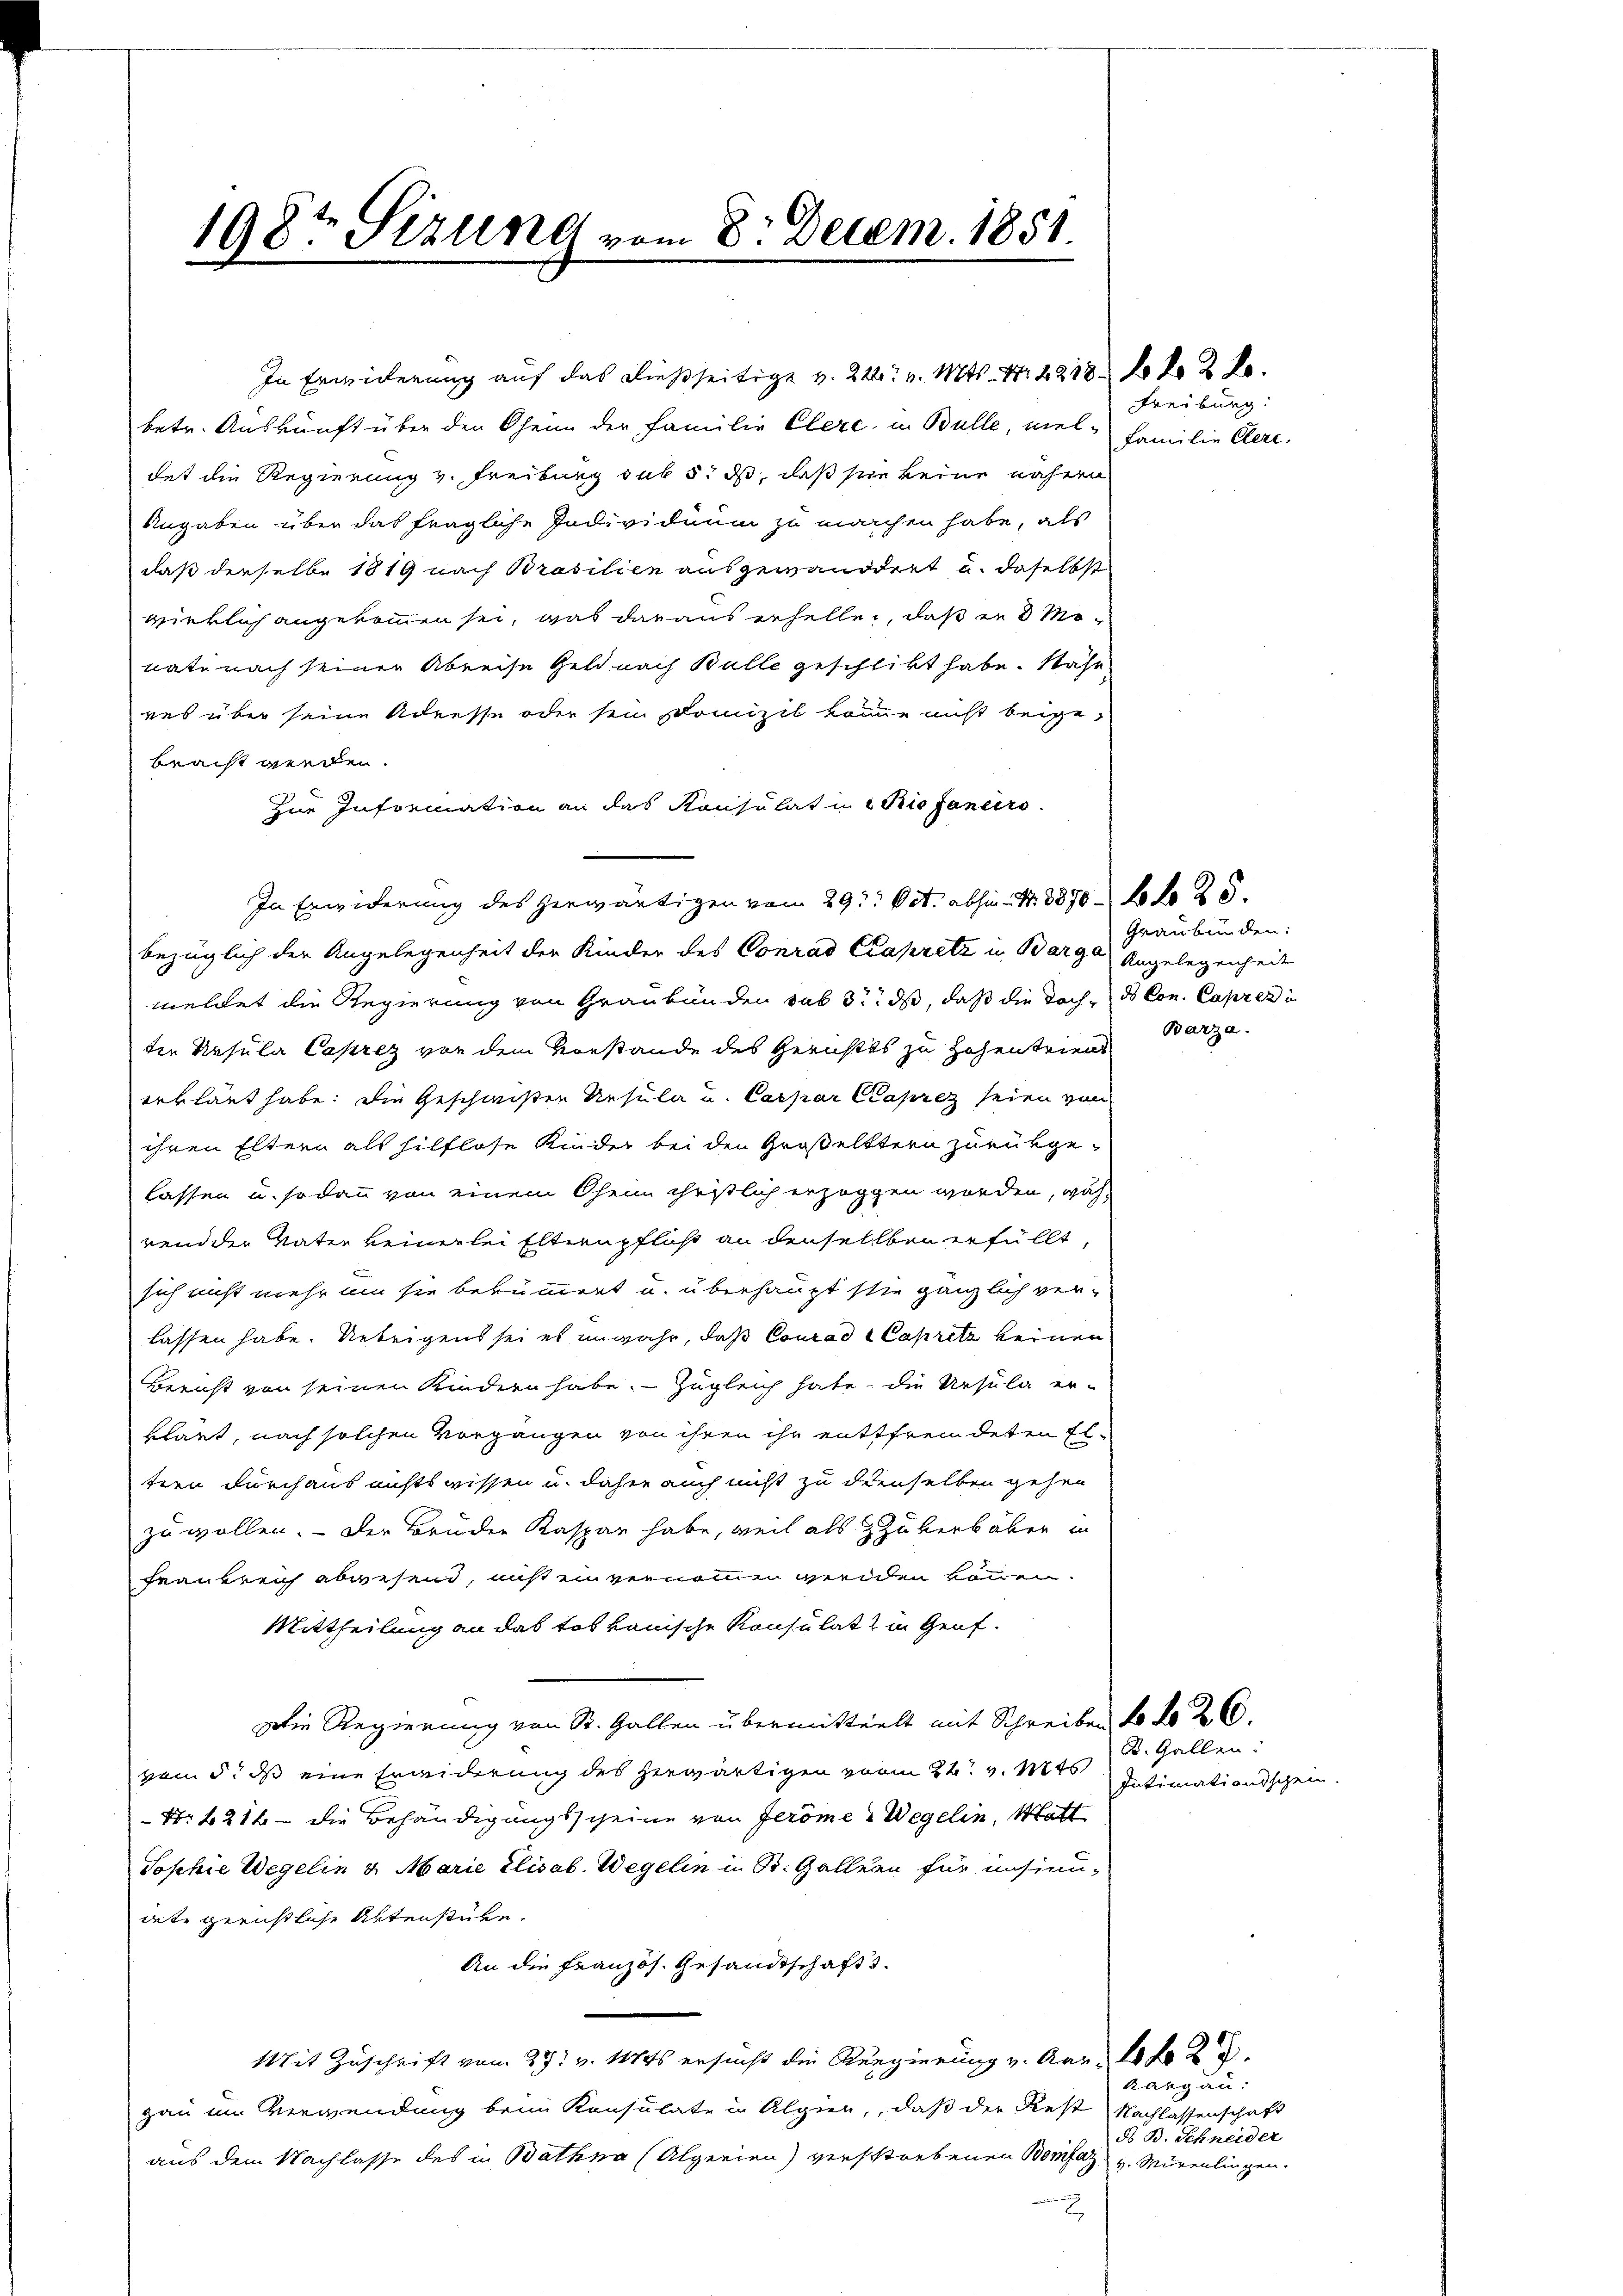
198te Sizung vom 8. Decem. 1851.

betr. Auskunft über den Oheim der Familie Clere, u. Bulle, vieldet die Regierung v. Freiburg sub 5. ds, daß sie keine nähern
Angaben über das fragliche Individuum zu machen habe, als
daß dieselbe 1819 nach Brasilien ausgewandert u. daselbst
wirklich angekommen sei, was daraus erhelle, daß er 3 Monate nach seiner Abreise Geld nach Bulle geschlitt habe. Nahr
ves über seine Adresse oder sein Domizil komme nicht beigebracht werden.
zur Information an das Konsulat in Rio faniers.
In Erwiderung des herwärtigen vom 29t Oct. abhin Nr. 3850. So lo 25.
bezüglich der Angelegenheit der Kinder des Conrad Capritz in Barge Angelegenheit
meldet die Regierung von Graubünden sub 3. ds, daß die Doch - des Con Capres in
ten Resula Caprez von dem Vorstande des Gerichtes zu Hohentrient
erklärt habe. Die Geschwisten Ursula und Caspar Kaprez seien von
ihren Eltern als hilflose Kinder bei den Großelttern zurükgelassen u. sodann von einem Oheim christlich erzoggen worden, während der Vater keinerlei Elternpflicht an denselben erfällt,
sich nicht mehr um sie bekümmert u. überhaupt stie gänzlich ver-
lassen habe. Uebrigens sei es unwahr, daß Conrad Capritz keinen
Bericht von seinen Kindern habe. - Zugleich habe, die Ursula er-
klärt, nach solchen Vorgangen von ihren ihr enttfremdeten Eltern durchaus nichtswissen u. daher auch nicht zu denselben gehen
zu wollen. - Der Bruden Kaspar habe, weil als Zuberbüber in
Frankreich abwesend, nist ein vernommen werden können.
Mittheilung an das tot konische Konsulat & in Genf.
Die Regierung von St. Gallen übermitteilt mit Schreiben fo f 26.
vom 5. ds eine Erweiderung des herwärtigen vom 22. v. Mts
Nr 1212 - die Behändigungsscheine von Feröme Wegelin, Matt
Sophie Wegelin u. Marie Elisab. Wegelin in St. Gallern für unsinudete gerichtliche Aktenstube.
An die Französ. Gesandtschaft s
Mit Zuschrift vom 29. v. Mts. ersucht die Regierung v. Aar- 10 f 2
gau im Verwendung beim Konsulate in Alpier, daß der Rest
aus dem Nachlasse des in Bathna (Algerien) verstorbenen Bomfaz v. Mürenlingen.

In Erwiderung auf das dießseitige v. 222. v. Mts. 1. 4218. No 2 l.

Freiburg:
Familie Clere.

Graubünden:
Barza.

B. Gallen:
Intimationsschein.

Kang an:
Nachlassenschaft
d B. Schneider